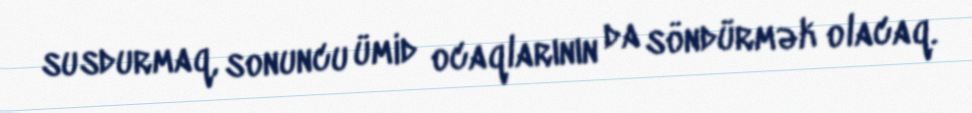
susdurmaq, sonuncu ümid ocaqlarının da söndürmək olacaq.